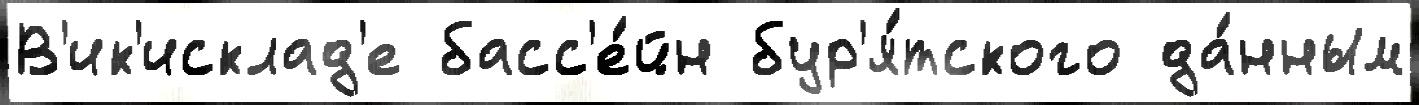
В'ик'исклад'е басс'е́йн бур'я́тского да́нным